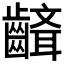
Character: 𪙘